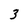
Character: 3